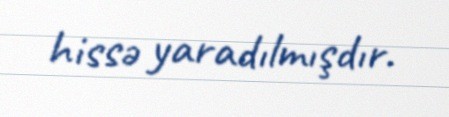
hissə yaradılmışdır.